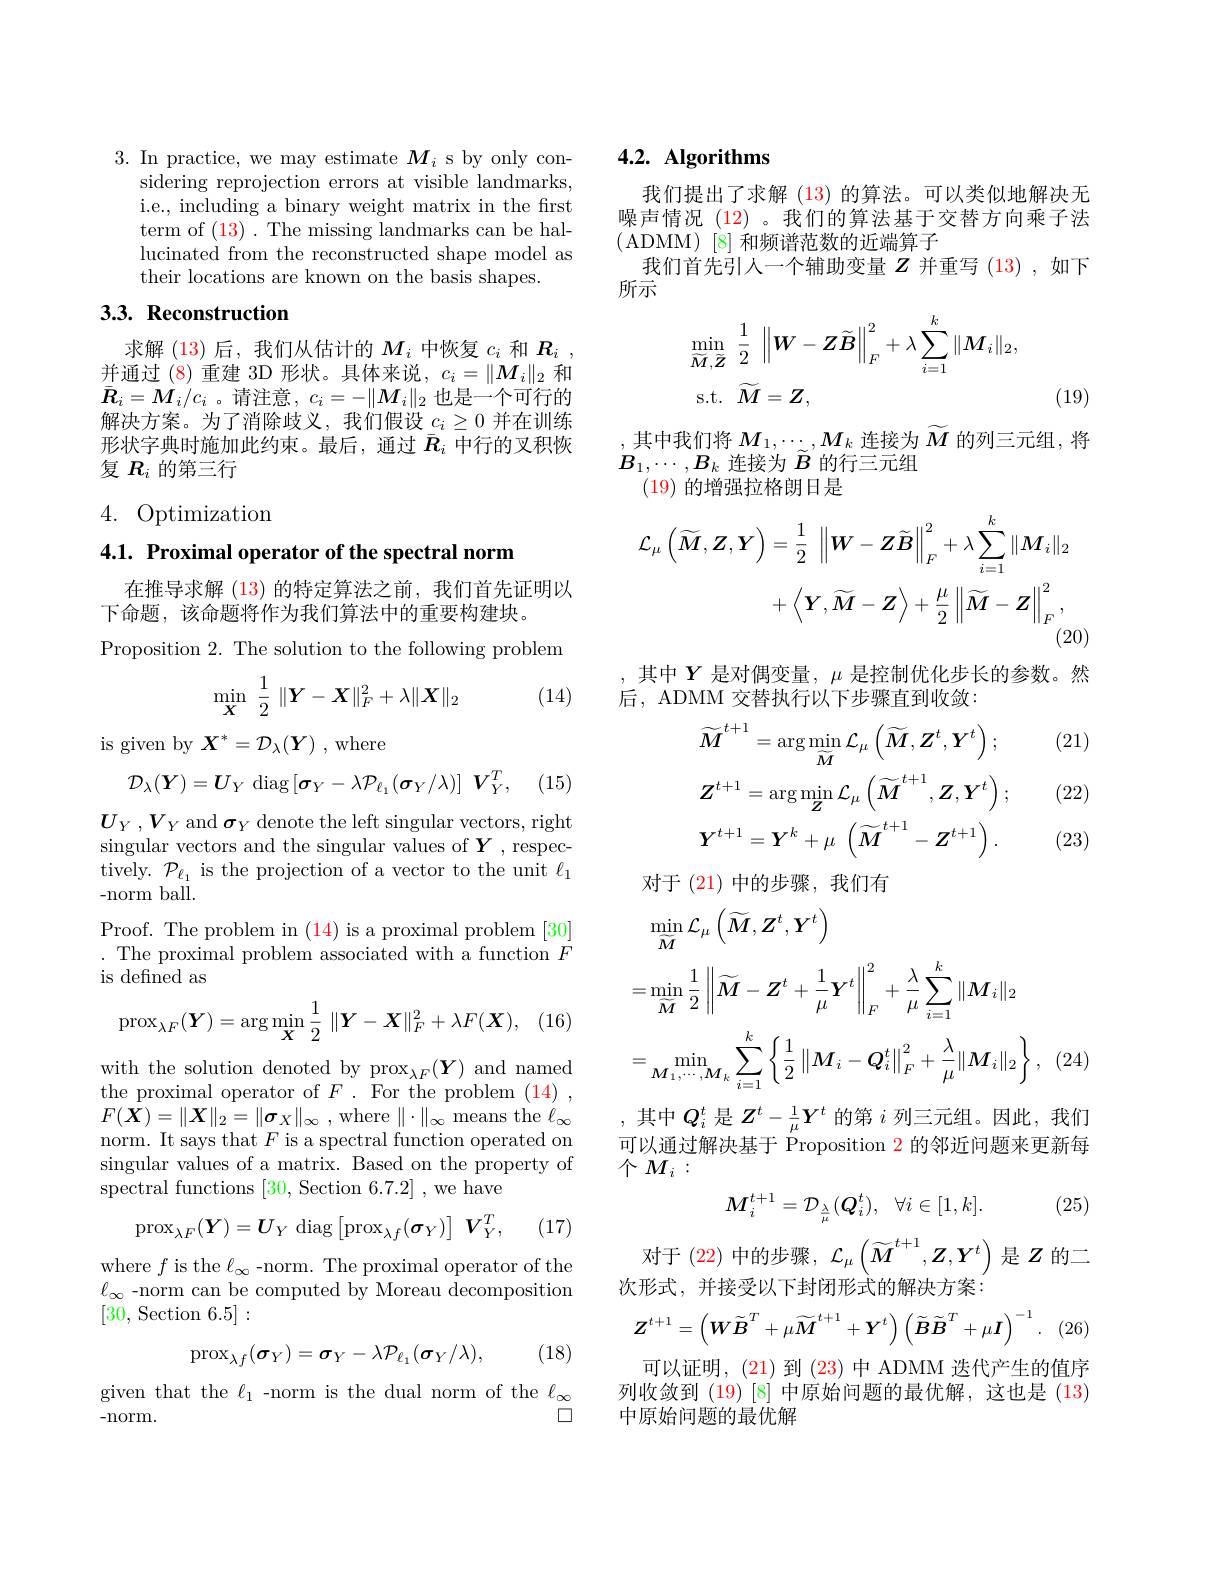
3. In practice, we may estimate $M_i$ s by only con-
sidering reprojection errors at visible landmarks, i.e., including a binary weight matrix in the first term of (13). The missing landmarks can be hallucinated from the reconstructed shape model as their locations are known on the basis shapes.

## 3.3. Reconstruction

求解 (13)后，我们从估计的$M_i$中恢复$c_i$和$R_i$ , 并通过 (8)重建 3D 形状。具体来说，$c_i=\|M_i\|_2$和$\bar{\boldsymbol{R}}_i=M_i/c_i$ 。请注意，$c_i=-\|M_i\|_2$也是一个可行的解决方案。为了消除歧义，我们假设$c_i\geq0$并在训练形状字典时施加此约束。最后，通过$\bar{R}_i$中行的叉积恢复$R_i$的第三行

# 4. Optimization

$4. 1. \textbf{ Proximal operator of the spectral norm}$

在推导求解 (13) 的特定算法之前，我们首先证明以
下命题，该命题将作为我们算法中的重要构建块。
Proposition 2. The solution to the following problem

(14)
$$\min_{\boldsymbol{X}}\:\dfrac{1}{2}\:\|\boldsymbol{Y}-\boldsymbol{X}\|_{F}^{2}+\lambda\|\boldsymbol{X}\|_{2}$$
is given by $X^*=\mathcal{D}_\lambda(Y)$ , where
$$\mathcal{D}_{\lambda}(\boldsymbol{Y})=\boldsymbol{U}_{Y}\:\mathrm{diag}\left[\boldsymbol{\sigma}_{Y}-\lambda\mathcal{P}_{\ell_{1}}(\boldsymbol{\sigma}_{Y}/\lambda)\right]\:\boldsymbol{V}_{Y}^{T},$$
(15)

$U_{Y}$ $, V_{Y}$ and $\boldsymbol\sigma_Y$ denote the left singular vectors, right singular vectors and the singular values of Y , respectively. $\mathcal{P}_{\ell_{1}}$ is the projection of a vector to the unit $\ell_1$ -norm ball.

Proof. The problem in (14) is a proximal problem [30] . The proximal problem associated with a function $F$ is defined as
$$\operatorname{prox}_{\lambda F}(\boldsymbol{Y})=\arg\min_{\boldsymbol{X}}\frac{1}{2}\:\|\boldsymbol{Y}-\boldsymbol{X}\|_F^2+\lambda F(\boldsymbol{X}),$$
(16)

with the solution denoted by $\mathrm{prox}_{\lambda F}(\boldsymbol{Y})$ and named the proximal operator of $F.$ For the problem (14), $F( \boldsymbol{X}) = \| \boldsymbol{X}\| _{2}= \| \boldsymbol{\sigma }_{X}\| _{\infty }$ ,where $\|\cdot\|_\infty$ means the $\ell_\infty$ norm. It says that $F$ is a spectral function operated on singular values of a matrix. Based on the property of spectral functions [30, Section 6.7.2], we have
$$\mathrm{prox}_{\lambda F}(\boldsymbol{Y})=\boldsymbol{U}_{Y}\:\mathrm{diag}\left[\mathrm{prox}_{\lambda f}(\boldsymbol{\sigma}_{Y})\right]\:\boldsymbol{V}_{Y}^{T},$$
(17)

where $f$ is the $\ell_\infty$ -norm. The proximal operator of the $\ell_{\infty}$ -norm can be computed by Moreau decomposition [30, Section 6.5]:
$$\mathrm{prox}_{\lambda f}(\sigma_{Y})=\sigma_{Y}-\lambda\mathcal{P}_{\ell_{1}}(\sigma_{Y}/\lambda),$$
(18)

given that the $\ell_1$ -norm is the dual norm of the $\ell_\infty$
$\square$
- norm.

# 4.2. Algorithms

我们提出了求解 (13)的算法。可以类似地解决无噪声情况 (12) 。我们的算法基于交替方向乘子法(ADMM)[8]和频谱范数的近端算子
我们首先引人一个辅助变量$Z$并重写 (13) ,如下
所示
$$\begin{aligned}&\min_{\widetilde{M},\widetilde{Z}}\:\frac{1}{2}\:\left\|W-Z\widetilde{B}\right\|_{F}^{2}+\lambda\sum_{i=1}^{k}\|M_{i}\|_{2},\\&\mathrm{s.t.}\:\widetilde{M}=Z,\end{aligned}$$
(19)

,其中我们将$M_1,\cdots,M_k$ 连接为$\widetilde M$ 的列三元组，将
$B_1,\cdots,B_k$连接为$\widetilde{B}$的行三元组
(19)的增强拉格朗日是
$$\begin{aligned}\mathcal{L}_{\mu}\left(\widetilde{\boldsymbol{M}},\boldsymbol{Z},\boldsymbol{Y}\right)&=\frac{1}{2}\:\left\|\boldsymbol{W}-\boldsymbol{Z}\widetilde{\boldsymbol{B}}\right\|_{F}^{2}+\lambda\sum_{i=1}^{k}\|\boldsymbol{M}_{i}\|_{2}\\&+\left\langle\boldsymbol{Y},\widetilde{\boldsymbol{M}}-\boldsymbol{Z}\right\rangle+\frac{\mu}{2}\left\|\widetilde{\boldsymbol{M}}-\boldsymbol{Z}\right\|_{F}^{2},\end{aligned}$$
其中$Y$是对偶变量，$\mu$是控制优化步长的参数。然
后，ADMM 交替执行以下步骤直到收敛：

(21)
$$\widetilde{M}^{t+1}=\arg\min_{\widetilde{M}}\mathcal{L}_{\mu}\left(\widetilde{M},\boldsymbol{Z}^{t},\boldsymbol{Y}^{t}\right);\\Z^{t+1}=\arg\min_{\boldsymbol{Z}}\mathcal{L}_{\mu}\left(\widetilde{\boldsymbol{M}}^{t+1},\boldsymbol{Z},\boldsymbol{Y}^{t}\right);\\Y^{t+1}=Y^{k}+\mu\:\left(\widetilde{\boldsymbol{M}}^{t+1}-\boldsymbol{Z}^{t+1}\right).$$
(22)

(23)

对于 (21)中的步骤，我们有
$$\begin{aligned}&\operatorname*{min}_{\widetilde{M}}\mathcal{L}_{\mu}\left(\widetilde{\boldsymbol{M}},\boldsymbol{Z}^{t},\boldsymbol{Y}^{t}\right)\\&=\operatorname*{min}_{\widetilde{M}}\frac{1}{2}\left\|\widetilde{\boldsymbol{M}}-\boldsymbol{Z}^{t}+\frac{1}{\mu}\boldsymbol{Y}^{t}\right\|_{F}^{2}+\frac{\lambda}{\mu}\sum_{i=1}^{k}\|\boldsymbol{M}_{i}\|_{2}\\&=\operatorname*{min}_{\boldsymbol{M}_{1},\cdots,\boldsymbol{M}_{k}}\sum_{i=1}^{k}\left\{\frac{1}{2}\left\|\boldsymbol{M}_{i}-\boldsymbol{Q}_{i}^{t}\right\|_{F}^{2}+\frac{\lambda}{\mu}\|\boldsymbol{M}_{i}\|_{2}\right\},\end{aligned}$$
(24

,其中$Q_i^t$是$Z^t-\frac1\mu Y^t$的第$i$列三元组。因此，我们可以通过解决基于 Proposition 2 的邻近问题来更新每$\uparrow M_{i}:$

(25)
$$M_i^{t+1}=\mathcal{D}_{\frac{\lambda}{\mu}}(\boldsymbol{Q}_i^t),\quad\forall i\in[1,k].$$
对于(22)中的步骤，$\mathcal{L}_\mu\left(\widetilde{M}^{t+1},\boldsymbol{Z},\boldsymbol{Y}^t\right)$是$Z$ 的二
次形式，并接受以下封闭形式的解决方案：
$$\boldsymbol{Z}^{t+1}=\left(\boldsymbol{W}\widetilde{B}^{T}+\mu\widetilde{\boldsymbol{M}}^{t+1}+\boldsymbol{Y}^{t}\right)\left(\widetilde{\boldsymbol{B}}\widetilde{\boldsymbol{B}}^{T}+\mu\boldsymbol{I}\right)^{-1}.$$
(26.

可以证明，(21)到 (23)中 ADMM 迭代产生的值序列收敛到(19)[8]中原始问题的最优解，这也是(13) 中原始问题的最优解